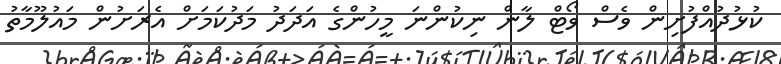
ކުޅުދުއްފުށިން ވެސް ވޯޓް ލާން ނިކުންނަ މީހުންގެ އަދަދު މަދުކަމަށް އެރަށުން މައުލޫމާތު